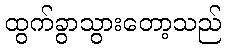
ထွက်ခွာသွားတော့သည်